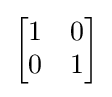
\textstyle {\begin{bmatrix}1&0\\0&1\end{bmatrix}}